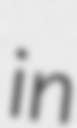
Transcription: in